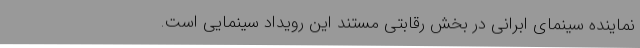
نماینده سینمای ابرانی در بخش رقابتی مستند این رویداد سینمایی است.